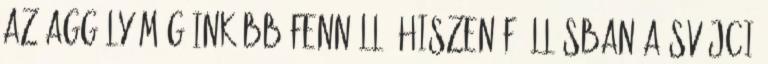
az aggály még inkább fennáll, hiszen főállásban a svájci